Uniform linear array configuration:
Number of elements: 4
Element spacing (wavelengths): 0.75
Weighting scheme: hamming
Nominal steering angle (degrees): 60
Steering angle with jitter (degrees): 60.273
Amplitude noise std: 0.05
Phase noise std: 0.05

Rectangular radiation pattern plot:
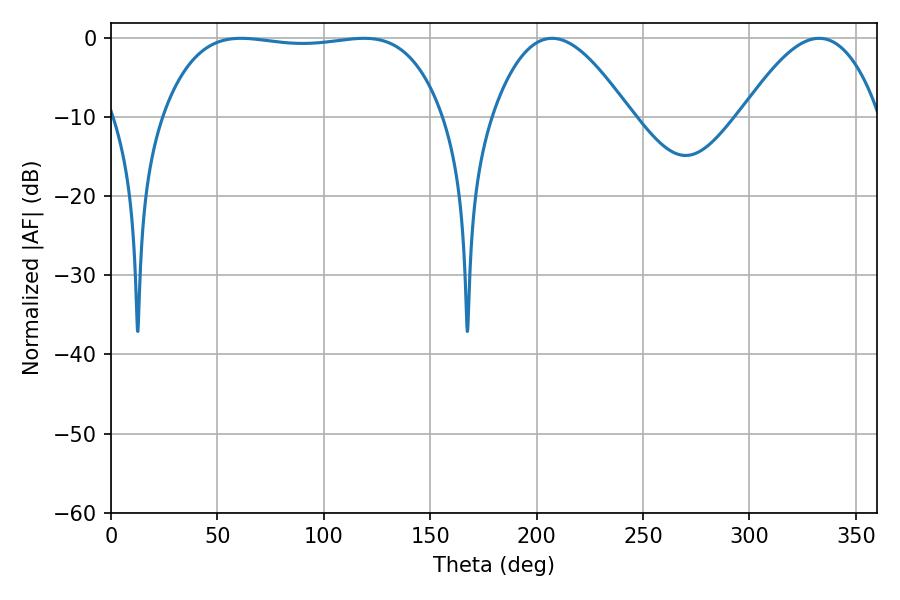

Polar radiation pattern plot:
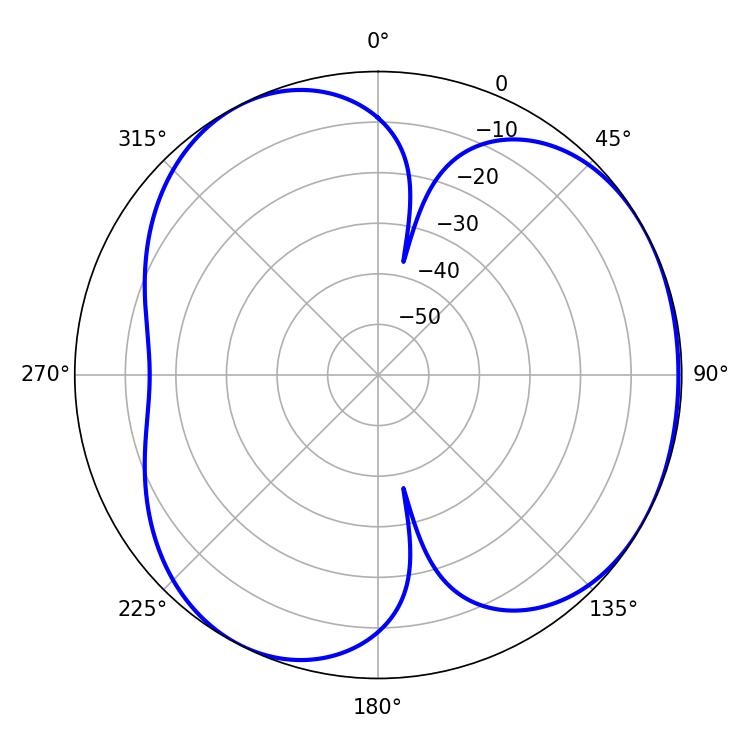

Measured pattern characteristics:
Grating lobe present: TRUE
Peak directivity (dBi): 3.871
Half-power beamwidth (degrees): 104.76
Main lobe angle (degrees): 61.02